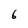
Character: 6